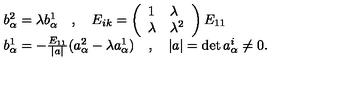
\begin{array} { l } { b _ { \alpha } ^ { 2 } = \lambda b _ { \alpha } ^ { 1 } \quad , \quad E _ { i k } = \left( \begin{array} { l l } { 1 } & { \lambda } \\ { \lambda } & { \lambda ^ { 2 } } \\ \end{array} \right) E _ { 1 1 } } \\ { b _ { \alpha } ^ { 1 } = - \frac { E _ { 1 1 } } { | a | } ( a _ { \alpha } ^ { 2 } - \lambda a _ { \alpha } ^ { 1 } ) \quad , \quad | a | = \det a _ { \alpha } ^ { i } \not = 0 . } \\ \end{array}